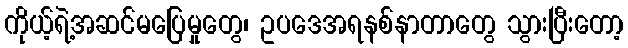
ကိုယ့်ရဲ့အဆင်မပြေမှုတွေ၊ ဥပဒေအရနစ်နာတာတွေ သွားပြီးတော့